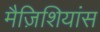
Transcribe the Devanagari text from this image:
मैज़िशियांस